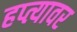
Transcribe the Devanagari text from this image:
हप्त्यावर